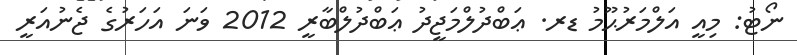
ނޯޓު: މިއީ އަލްމަރުޙޫމު ޑރ. ޢަބްދުލްމަޖީދު ޢަބްދުލްބާރީ 2012 ވަނަ އަހަރުގެ ޖެނުއަރީ